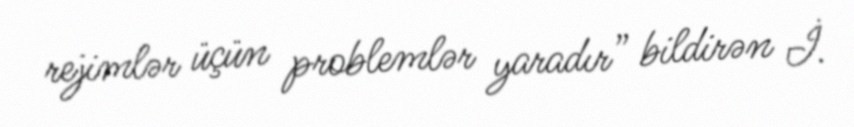
rejimlər üçün problemlər yaradır” bildirən İ.